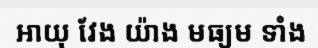
អាយុ វែង យ៉ាង មធ្យម ទាំង